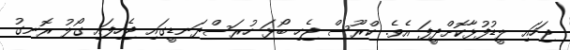
ޖަހައި ލީޑުފުޅާކޮށްދީފަ އެވެ. ކްރޫސް ޖެހި ބޯޅަ ހުރަސްދަނޑީގައި ޖެހިފައި ގޯލު ރޮނގު